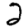
Digit: 2